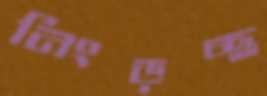
নিংড়চ্ছ